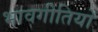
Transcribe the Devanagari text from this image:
भावगीतियों